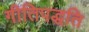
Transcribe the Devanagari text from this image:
गीतिपद्धति